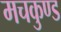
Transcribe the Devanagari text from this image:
मचकुण्ड